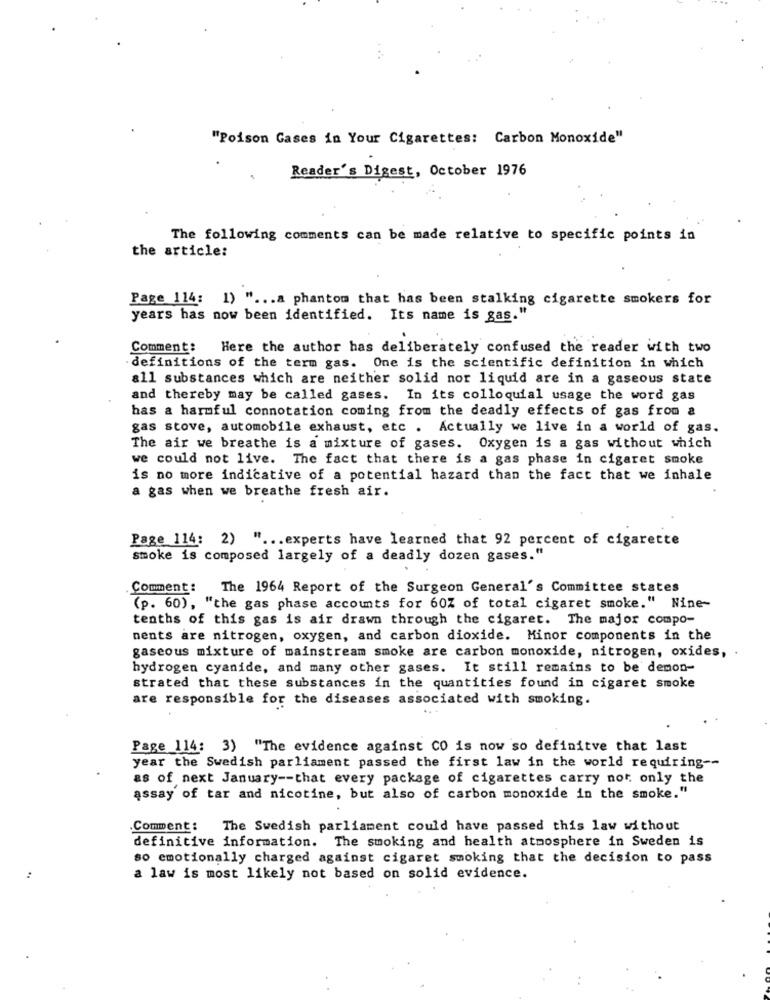
"Poison Gases in Your Cigarettes: Carbon Monoxide"
Reader's Digest, October 1976
The following comments can be made relative to specific points in
the article:
Page 114: 1) " ... a phantom that has been stalking cigarette smokers for
years has now been identified. Its name is gas.'
Comment:
Here the author has deliberately confused the reader with two
definitions of the term gas. One is the scientific definition in which
all substances which are neither solid nor liquid are in a gaseous state
and thereby may be called gases. In its colloquial usage the word gas
has a harmful connotation coming from the deadly effects of gas from a
gas stove, automobile exhaust, etc . Actually we live in a world of gas.
The air we breathe is a mixture of gases. Oxygen is a gas without which
we could not live. The fact that there is a gas phase in cigaret smoke
is no more indicative of a potential hazard than the fact that we inhale
a gas when we breathe fresh air.
Page 114: 2) " ... experts have learned that 92 percent of cigarette
smoke is composed largely of a deadly dozen gases."
Comment :
The 1964 Report of the Surgeon General's Committee states
(p. 60), "the gas phase accounts for 60Z of total cigaret smoke." Nine-
tenths of this gas is air drawn through the cigaret. The major compo-
nents are nitrogen, oxygen, and carbon dioxide. Minor components in the
gaseous mixture of mainstream smoke are carbon monoxide, nitrogen, oxides, .
hydrogen cyanide, and many other gases. It still remains to be demon-
strated that these substances in the quantities found in cigaret smoke
are responsible for the diseases associated with smoking.
Page _114: 3) "The evidence against CO is now so definitve that last
year the Swedish parliament passed the first law in the world requiring --
as of next January -- that every package of cigarettes carry not only the
assay of tar and nicotine, but also of carbon monoxide in the smoke."
Comment: The Swedish parliament could have passed this law without
definitive information. The smoking and health atmosphere in Sweden is
so emotionally charged against cigaret smoking that the decision to pass
a law is most likely not based on solid evidence.